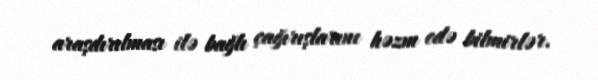
araşdırılması ilə bağlı çağırışlarını həzm edə bilmirlər.